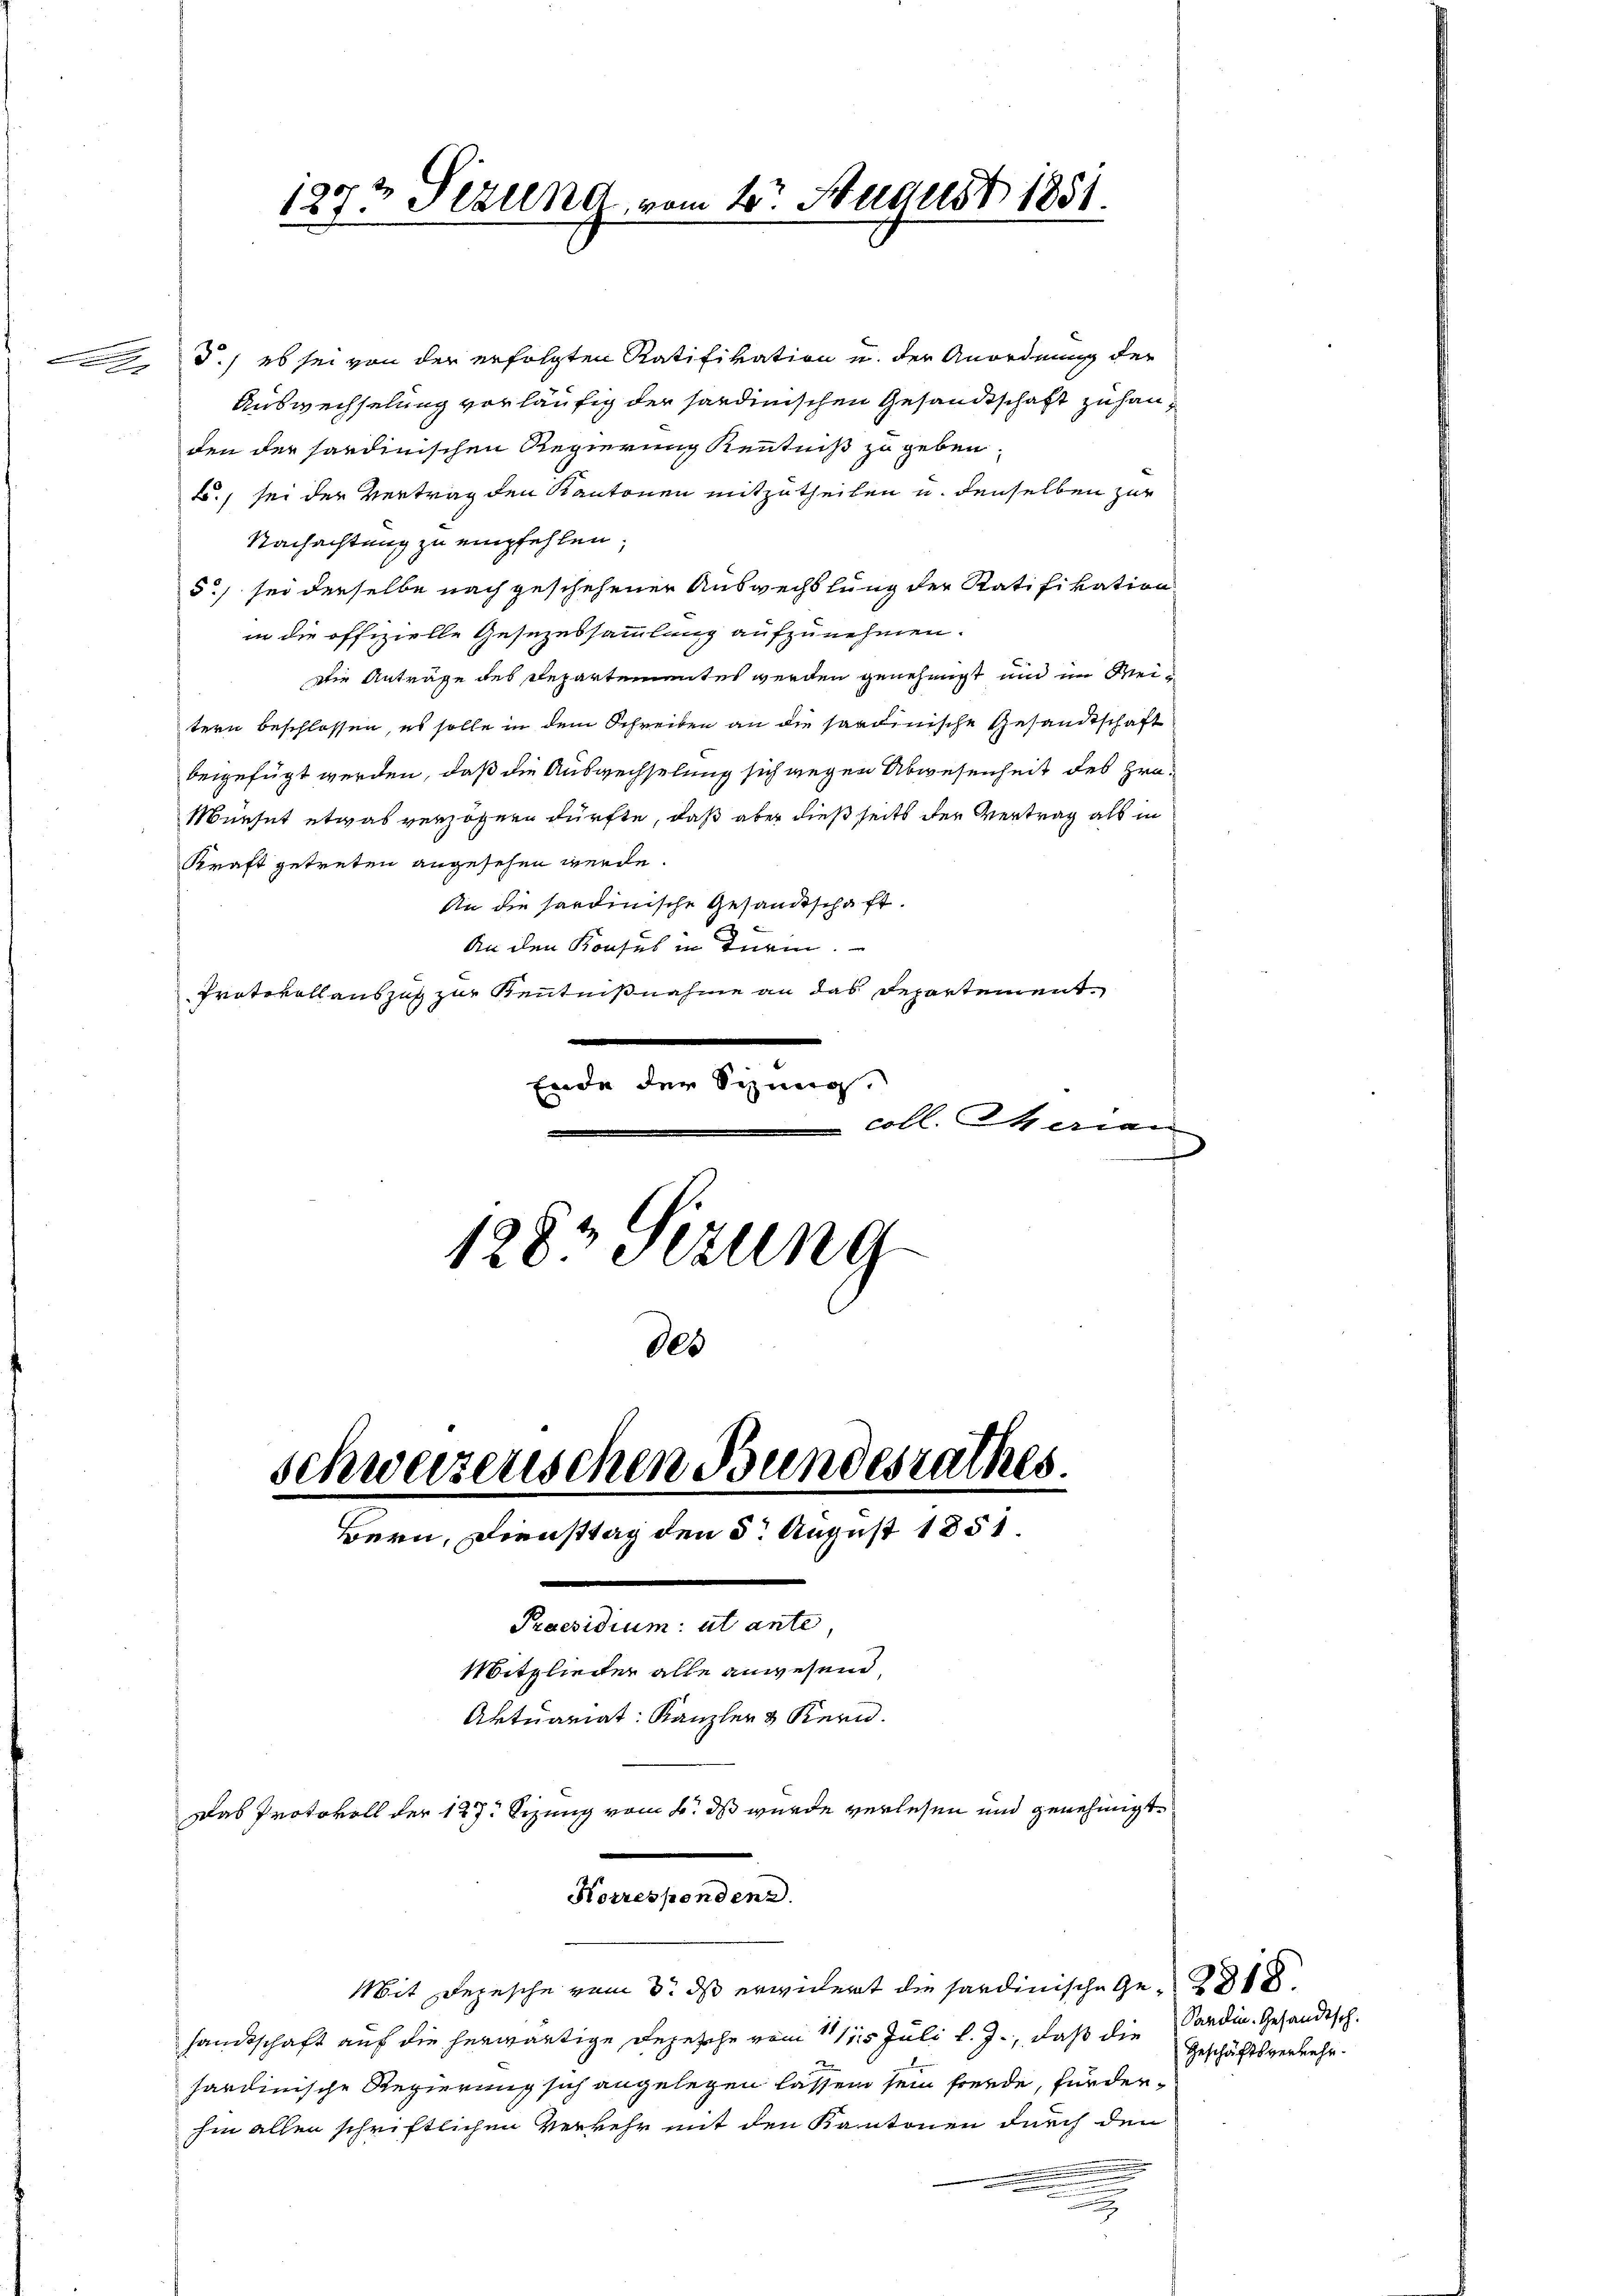
d.) es sei von der erfolgten Ratifikation u. der Anordnung der
Auswechselung vorläufig der sardinischen Gesandtschaft zu handen der sardinischen Regierung Kenntniß zu geben.
B., sei der Vertrag den Kantonen mitzutheilen u. denselben zur
Nachachtung zu empfehlen,
5c) sei derselbe nach geschehener Auswechslung der Ratifikation
in die offizielle Gesezessammlung aufzunehmen.
Die Anträge des Departementes werden genehmigt und im Weitern beschlossen, es solle in dem Schreiben an die sardinische Gesandtschaft
beigefügt werden, daß die Auswechselung sich wegen Abwesenheit des Gra¬
Münset etwas verzögern dürfte, daß aber dießseits der Vertrag als in
Kraft getreten angesehen werde.
An die hardinische Gesandtschaft.
An den Konsus in Turin.
Protokoll auszug zur Kenntnißnahme an das Departement¬
Ende der Schwer
coll. Marian
1283 Sizung
805

1272 Sizung, vom 2t August 1881

Praesidium: ut ante,
Mitglieder alle anwesend,
Aktuariat Kanzler & Kern.
Das Protokoll der 127. Sizung vom 4. ds wurde verlesen und genehmigt.

schweizerischen Bundesrathes
Bern, Diensttag den 8. August 1851.

Korrespondenz.

Mit Depesche vom 3. ds erwidert die sardinische Ge-
sandtschaft auf die herwärtige Depesche vom 11/115. Juli l. J., daß die
hardinische Regierung sich angelegen lassen sein foerde, fürderhin allen schriftlichen Verkehr mit den Kantonen durch den

Sardin. Gesandtsch.
Geschäftsverkehr